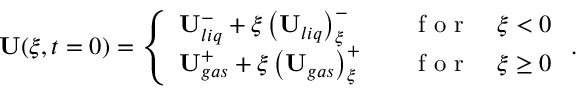
\begin{array} { r } { \mathbf { U } ( \xi , t = 0 ) = \left\{ \begin{array} { l l } { \mathbf { U } _ { l i q } ^ { - } + \xi \left( \mathbf { U } _ { l i q } \right) _ { \xi } ^ { - } \quad } & { \mathrm { ~ f ~ o ~ r ~ } \quad \xi < 0 } \\ { \mathbf { U } _ { g a s } ^ { + } + \xi \left( \mathbf { U } _ { g a s } \right) _ { \xi } ^ { + } \quad } & { \mathrm { ~ f ~ o ~ r ~ } \quad \xi \geq 0 } \end{array} \right. . } \end{array}